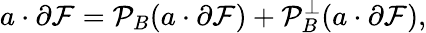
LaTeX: a\cdot\partial\mathcal{F}={\mathcal{{P}}}_{B}(a\cdot\partial\mathcal{F})+{\mathcal{{P}}}_{B}^{\perp}(a\cdot\partial\mathcal{F}),